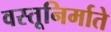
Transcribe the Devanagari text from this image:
वस्तूनिर्माते